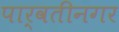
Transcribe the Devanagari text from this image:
पार्वतीनगर